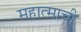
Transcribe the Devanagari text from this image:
महात्माची